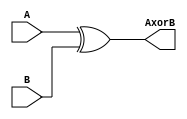
module XOR_32(
    input       [31:0]      A,
    input       [31:0]      B,
    output      [31:0]      AxorB

    );
    assign AxorB    =       A ^ B; 
endmodule